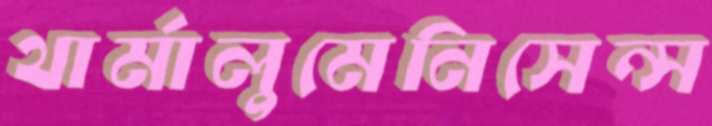
থার্মালুমেনিসেন্স